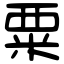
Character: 粟